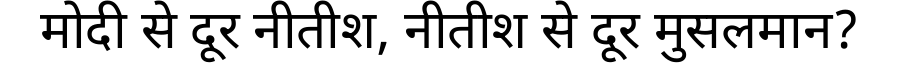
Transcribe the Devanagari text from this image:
मोदी से दूर नीतीश, नीतीश से दूर मुसलमान?